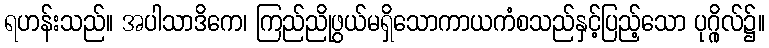
ရဟန်းသည်။ အပါသာဒိကေ၊ ကြည်ညိုဖွယ်မရှိသောကာယကံစသည်နှင့်ပြည့်သော ပုဂ္ဂိုလ်၌။